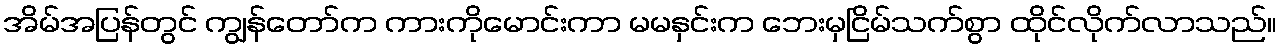
အိမ်အပြန်တွင် ကျွန်တော်က ကားကိုမောင်းကာ မမနှင်းက ဘေးမှငြိမ်သက်စွာ ထိုင်လိုက်လာသည်။